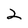
Character: 2